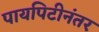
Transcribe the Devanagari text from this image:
पायपिटीनंतर